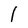
Character: I